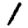
Digit: 1